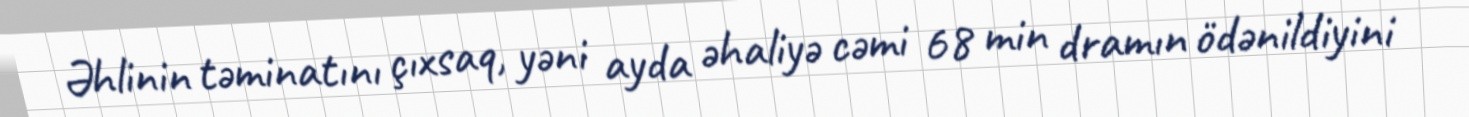
Əhlinin təminatını çıxsaq, yəni ayda əhaliyə cəmi 68 min dramın ödənildiyini